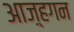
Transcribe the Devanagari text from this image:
आज़्हगन